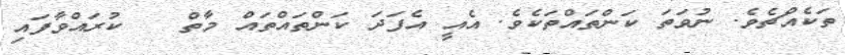
ތަކެއްޗެވެ. ނުވަތަ ކަންތައްތަކެވެ. އެއީ އެފަދަ ކަންތައްތައް މާތް   ކުރައްވާފައި